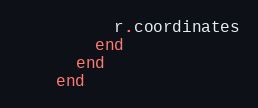
Language: Ruby
          r.coordinates
        end
      end
    end